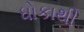
ધોકાથી